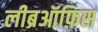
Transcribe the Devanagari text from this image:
लीब्रऑफ़िस